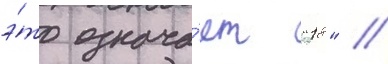
э́то означа́ет "18" //